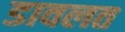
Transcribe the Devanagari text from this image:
डावलत